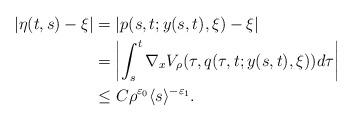
LaTeX: \begin{align*}|\eta(t,s)-\xi|&=|p(s,t;y(s,t),\xi)-\xi| \\&=\left|\int_s^t \nabla_x V_\rho(\tau,q(\tau,t;y(s,t),\xi)) d\tau\right| \\&\leq C\rho^{\varepsilon_0}\langle s\rangle^{-\varepsilon_1}.\end{align*}